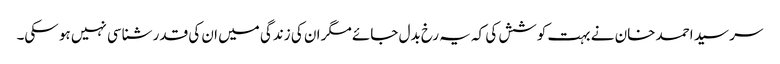
سر سید احمد خان نے بہت کوشش کی کہ یہ رخ بدل جائے مگر ان کی زندگی میں ان کی قدر شناسی نہیں ہو سکی۔